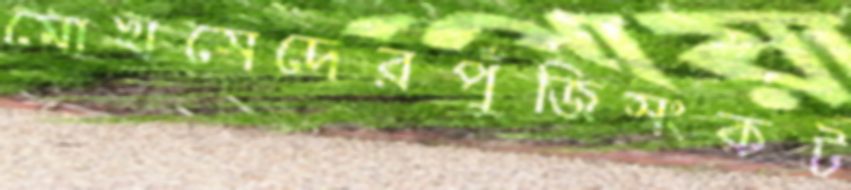
মোখসেদেরপুঁজিসংকট